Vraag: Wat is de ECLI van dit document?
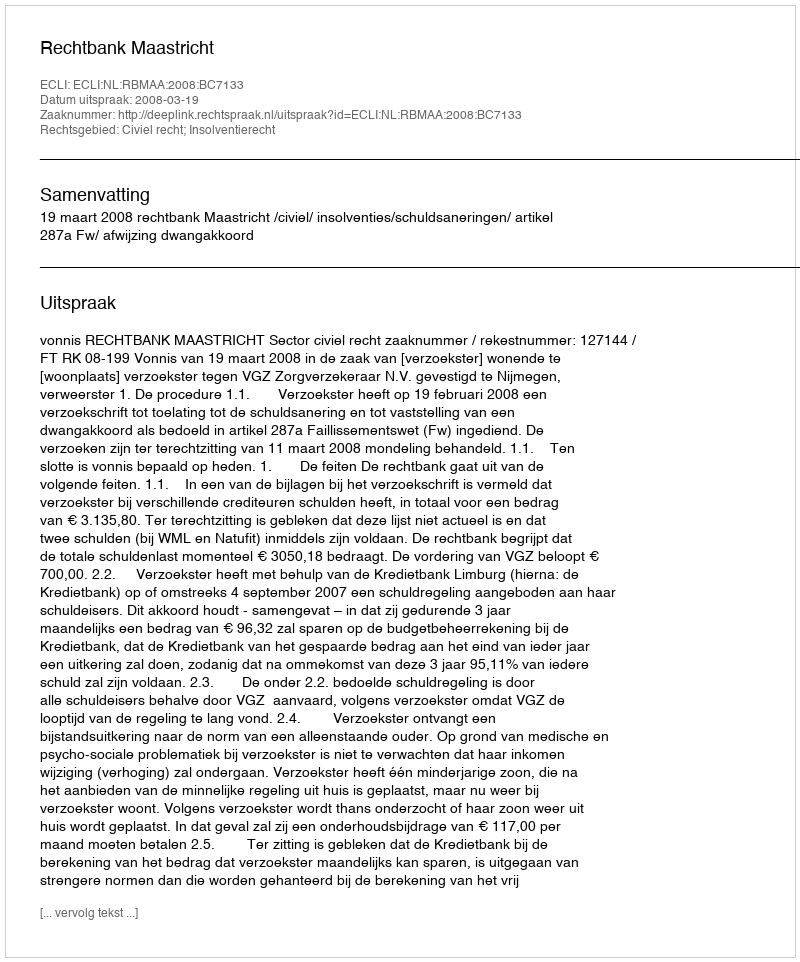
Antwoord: ECLI:NL:RBMAA:2008:BC7133